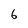
Character: 6